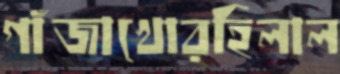
গাঁজাখোরহিলাল